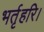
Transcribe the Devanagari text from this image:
भर्तृहरि।